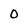
Character: 0